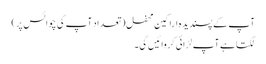
آپ کے پسندیدہ اراکینِ محفل ( تعداد آپ کی چوائس پر)
لگتا ہے آپ لڑائی کروائیں گی۔